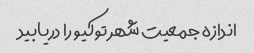
اندازه جمعیت شهر توکیو را دریابید